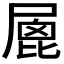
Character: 𡲮